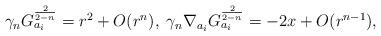
LaTeX: \begin{align*}\gamma_{n}G_{a_{i}}^{\frac{2}{2-n}}= r^{2}+O(r^{n}),\;\gamma_{n}\nabla_{a_{i}}G^{\frac{2}{2-n}}_{a_{i}}=-2x+O(r^{n-1}),\end{align*}